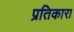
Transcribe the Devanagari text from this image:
प्रतिकारा